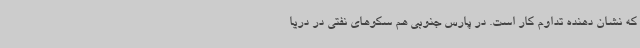
که نشان دهنده تداوم کار است. در پارس جنوبی هم سکوهای نفتی در دریا